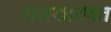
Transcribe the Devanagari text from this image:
राजकारणत